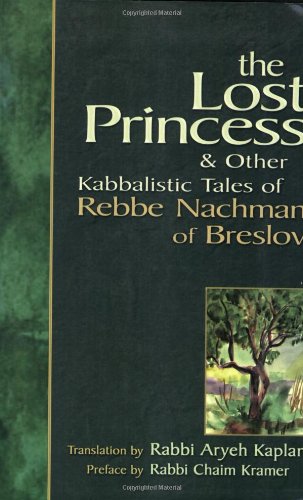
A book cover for Lost Princess: And Other Kabbalistic Tales of Rebbe Nachman of Breslov; Nahman of Breslov; Religion & Spirituality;